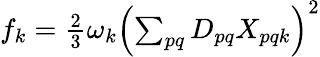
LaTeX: \begin{array}{r}{f_{k}=\frac{2}{3}\omega_{k}\left(\sum_{pq}D_{pq}X_{pqk}\right)^{2}}\end{array}